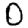
Digit: 0